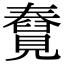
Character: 𧢆